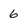
Character: 6